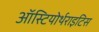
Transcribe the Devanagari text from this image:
ऑस्टियोर्थराइटिस